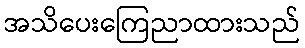
အသိပေးကြေညာထားသည်